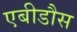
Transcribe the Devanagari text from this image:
एबीडौस